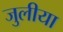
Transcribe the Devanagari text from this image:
जुलीया